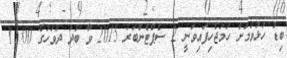
ބިޑު ހުޅުވުމަށް ހަމަޖެހިފައިވަނީ 2 ސެޕްޓެންބަރު 2015 ވާ ބުދަ ދުވަހުގެ 11:00